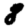
Digit: 8